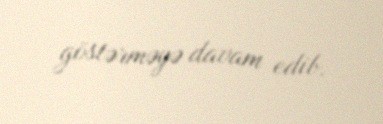
göstərməyə davam edib.